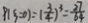
p ( \xi = 0 ) = ( \frac { 3 } { 4 } ) ^ { 3 } = \frac { 2 7 } { 6 4 }